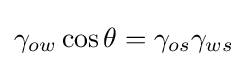
\gamma _{ow}\cos \theta =\gamma _{os}\gamma _{ws}